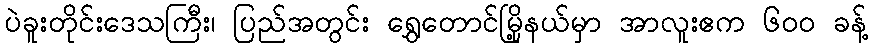
ပဲခူးတိုင်းဒေသကြီး၊ ပြည်အတွင်း ရွှေတောင်မြို့နယ်မှာ အာလူးဧက ၆၀၀ ခန့်